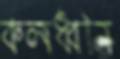
কলধ্বনি